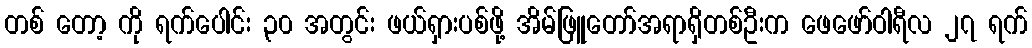
တစ် တော့ ကို ရက်ပေါင်း ၃၀ အတွင်း ဖယ်ရှားပစ်ဖို့ အိမ်ဖြူတော်အရာရှိတစ်ဦးက ဖေဖော်ဝါရီလ ၂၇ ရက်